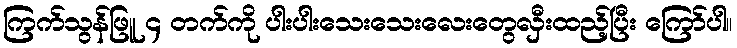
ကြက်သွန်ဖြူ ၄ တက်ကို ပါးပါးသေးသေးလေးတွေလှီးထည့်ပြီး ကြော်ပါ။